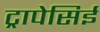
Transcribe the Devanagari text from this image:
ट्रापेसिई